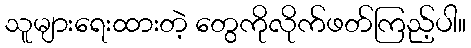
သူများရေးထားတဲ့ တွေကိုလိုက်ဖတ်ကြည့်ပါ။